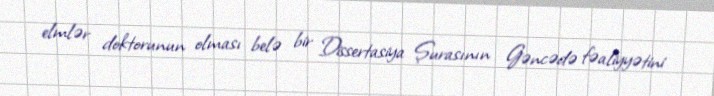
elmlər doktorunun olması belə bir Dissertasiya Şurasının Gəncədə fəaliyyətini